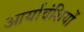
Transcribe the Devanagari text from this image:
आर्यावंशियों